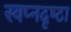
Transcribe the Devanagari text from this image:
स्‍वप्नदृष्‍टा